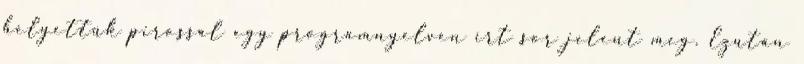
helyettük pirossal egy programnyelven írt sor jelent meg. Ezután